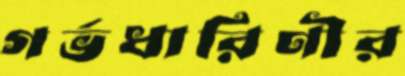
গর্ভধারিণীর